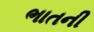
ભાતની